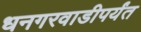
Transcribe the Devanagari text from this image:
धनगरवाडीपर्यंत